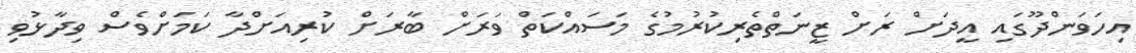
އިހަވަންދޫގައި އީދަށް ރަށް ޒީނަތްތެރިކުރުމުގެ މަސައްކަތް ވަރަށް ބާރަށް ކުރިއަށްދާ ކަމަށްވެސް ވިދާޅުވި